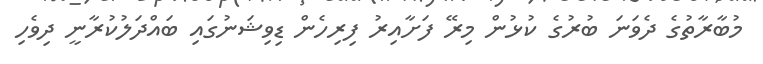
މުބާރާތުގެ ދެވަނަ ބުރުގެ ކުޅުން މިރޭ ފަށާއިރު ފިރިހެން ޑިވިޝަނުގައި ބައްދަލުކުރާނީ ދިވެހި